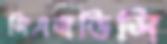
সিএসডিসি